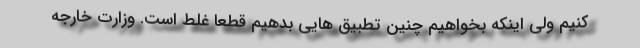
کنیم ولی اینکه بخواهیم چنین تطبیق هایی بدهیم قطعا غلط است. وزارت خارجه